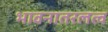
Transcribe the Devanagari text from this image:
भावनातरलत्व